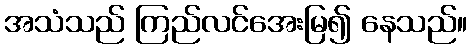
အသံသည် ကြည်လင်အေးမြ၍ နေသည်။